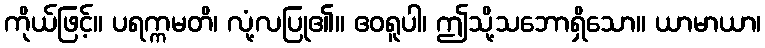
ကိုယ်ဖြင့်။ ပရက္ကမတိ၊ လုံ့လပြု၏။ ဧဝရူပါ၊ ဤသို့သဘောရှိသော။ ယာမာယာ၊